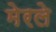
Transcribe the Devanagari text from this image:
मेरले